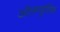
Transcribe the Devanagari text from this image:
ऑलम्युसिक